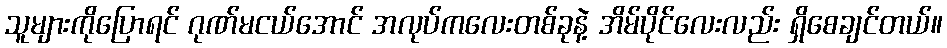
သူများကိုပြောရင် ဂုဏ်မငယ်အောင် အလုပ်ကလေးတစ်ခုနဲ့ အိမ်ပိုင်လေးလည်း ရှိစေချင်တယ်။